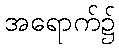
အရောက်၌